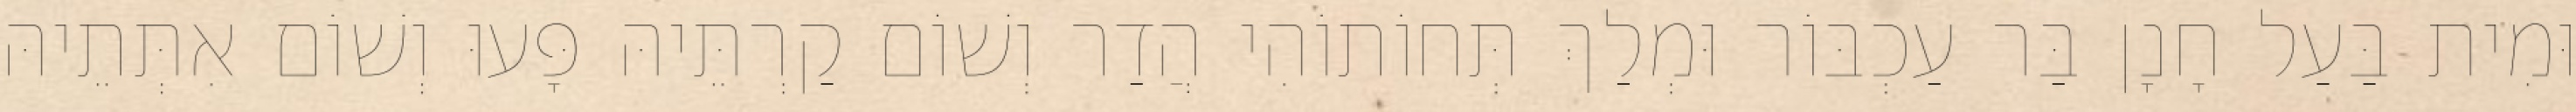
וּמִית בַּעַל חָנָן בַּר עַכְבּוֹר וּמְלַךְ תְּחוֹתוֹהִי הֲדַר וְשׁוֹם קַרְתֵּיהּ פָּעוּ וְשׁוֹם אִתְּתֵיהּ